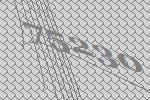
75230